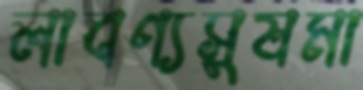
লাবণ্যসুষমা